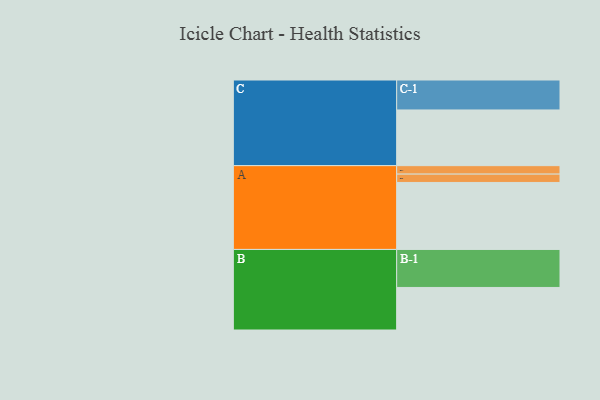
{"axis": {"x": "Segment", "y": "Value"}, "legend": ["", "A", "B", "C"], "data": [{"x": "A", "y": 474, "type": ""}, {"x": "B", "y": 301, "type": ""}, {"x": "C", "y": 394, "type": ""}, {"x": "A-1", "y": 60, "type": "A"}, {"x": "A-2", "y": 59, "type": "A"}, {"x": "B-1", "y": 269, "type": "B"}, {"x": "C-1", "y": 212, "type": "C"}]}